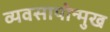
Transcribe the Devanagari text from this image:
व्यवसायोन्मुख